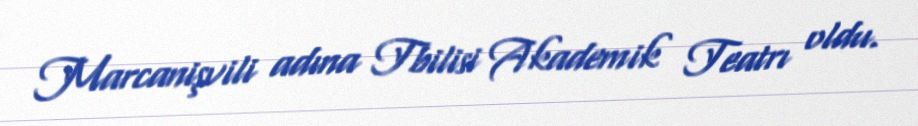
Marcanişvili adına Tbilisi Akademik Teatrı oldu.